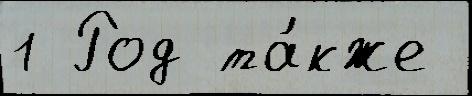
1 Род та́кже